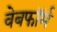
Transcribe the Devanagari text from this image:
वेबफॉर्म